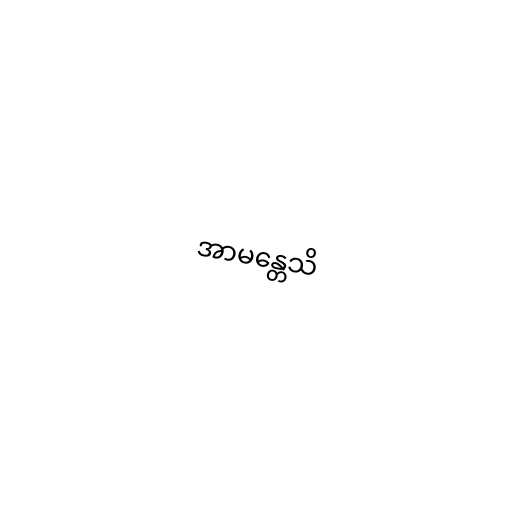
အာမန္တေသိ